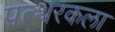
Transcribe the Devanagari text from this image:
पत्थरकला